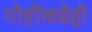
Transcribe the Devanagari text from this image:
गोष्टींकडेही